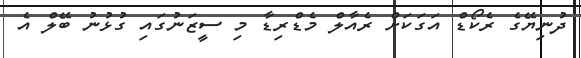
ދުނިޔޭގެ ރެކޯޑް އަގަކަށް ރެއާލް މެޑްރިޑާ މި ސީޒަނުގައި ގުޅުނު ބޭލް އެ